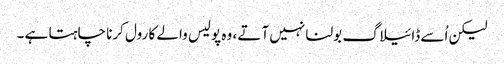
لیکن اُسے ڈائیلاگ بولنا نہیں آتے ، وہ پولیس والے کا رول کرنا چاہتا ہے ۔